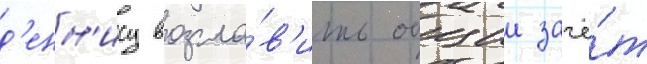
д'енн'ису возгла́в'ить общии зачё́т